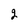
Character: 2